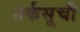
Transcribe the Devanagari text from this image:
तर्कसूची